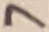
Text: 7